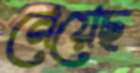
নেয়েছ